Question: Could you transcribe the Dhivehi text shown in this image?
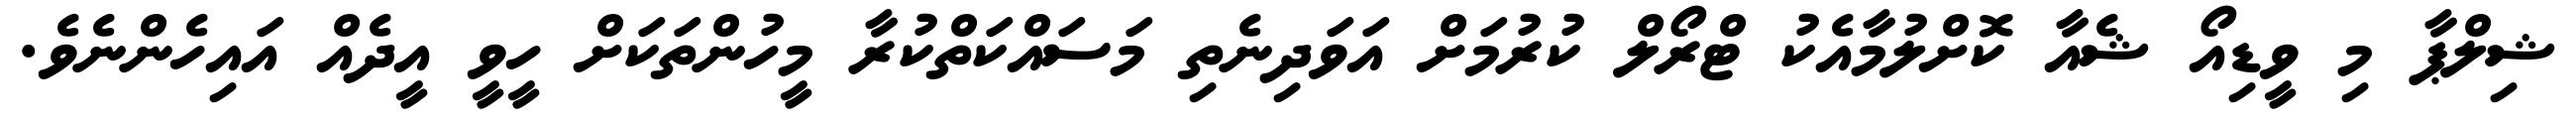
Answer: ޝިލްޕާ މި ވީޑިއޯ ޝެއާ ކޮށްލުމާއެކު ޓްރޯލް ކުރުމަށް އަވަދިނެތި މަސައްކަތްކުރާ މީހުންތަކަށް ހީވީ އީދެއް އައިހެންނެވެ.